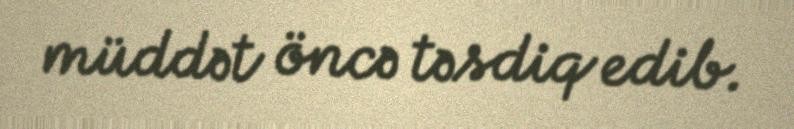
müddət öncə təsdiq edib.